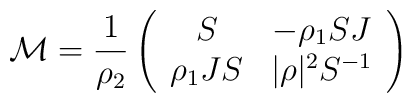
{\cal{M}} = \frac{1}{\rho_2} \left( \begin{array}{cc} S & -\rho_1 SJ \\\rho_1 JS & |\rho |^2 S^{-1} \end{array} \right)